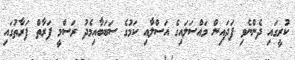
ކުރީގައި ދެންނެވި ފަދައިން މައްސަލައިގެ އަސްލާއި ކަމުގެ ސަބަބާއިމެދު ރަސްމީ ފަރާތް ފަރާތުގައި